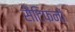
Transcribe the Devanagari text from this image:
सैंटिफनों